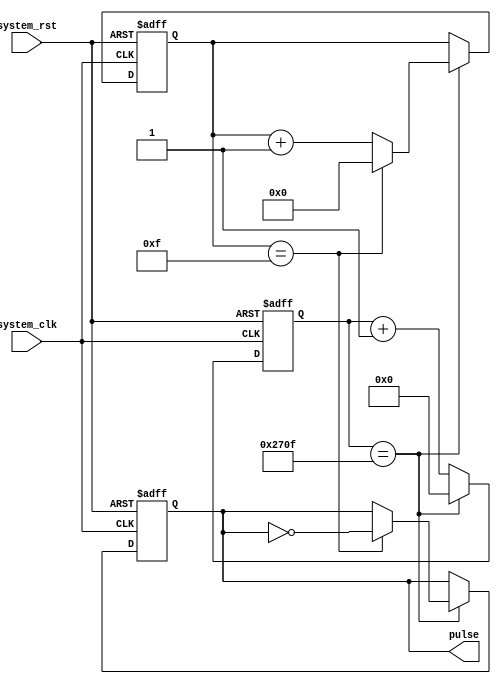
module simple_pulse_generator(
    input wire system_clk,
    input wire system_rst,
    output reg pulse
);

reg [15:0] counter;
reg [5:0] divider;

always @(posedge system_clk or posedge system_rst) begin
    if(system_rst) begin
        counter <= 16'd0;
        divider <= 6'd0;
        pulse <= 1'b0;
    end else begin
        if(counter == 16'd9999) begin
            counter <= 16'd0;
            if(divider == 6'd9999) begin
                divider <= 6'd0;
                pulse <= ~pulse;
            end else begin
                divider <= divider + 1;
            end
        end else begin
            counter <= counter + 1;
        end
    end
end

endmodule